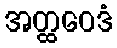
အတ္ထဝေဒံ